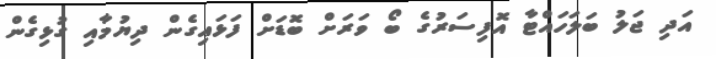
އަދި ޖަލު ބަލަހައްޓާ އޮފިސަރުގެ ބޯ ވަރަށް ބޮޑަށް ފަޅައިގެން ދިޔުމާއި ގުޅިގެން